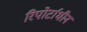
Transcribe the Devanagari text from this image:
रिपोर्टाधीन